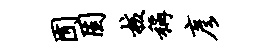
囿固核称彦